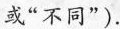
或”不同”).